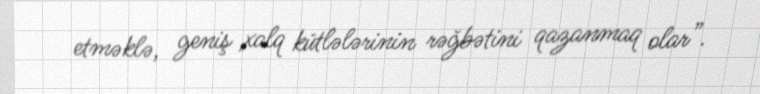
etməklə, geniş xalq kütlələrinin rəğbətini qazanmaq olar”.